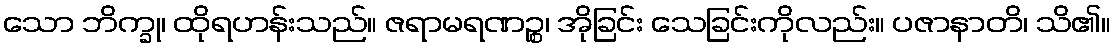
သော ဘိက္ခု၊ ထိုရဟန်းသည်။ ဇရာမရဏဉ္စ၊ အိုခြင်း သေခြင်းကိုလည်း။ ပဇာနာတိ၊ သိ၏။